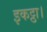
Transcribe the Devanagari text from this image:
इकट्ठा।